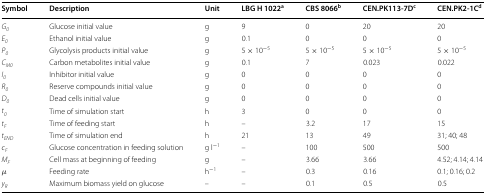
| Symbol | Description | Unit | LBG H 1022a | CBS 8066b | CEN.PK113-7Dc | CEN.PK2-1Cd |
 | --- | --- | --- | --- | --- | --- | --- |
 | G0 | Glucose initial value | g | 9 | 0 | 20 | 20 |
 | E0 | Ethanol initial value | g | 0.1 | 0 | 0 | 0 |
 | P0 | Glycolysis products initial value | g | 5 × 10−5 | 5 × 10−5 | 5 × 10−5 | 5 × 10−5 |
 | CM0 | Carbon metabolites initial value | g | 0.1 | 7 | 0.023 | 0.022 |
 | I0 | Inhibitor initial value | g | 0 | 0 | 0 | 0 |
 | R0 | Reserve compounds initial value | g | 0 | 0 | 0 | 0 |
 | D0 | Dead cells initial value | g | 0 | 0 | 0 | 0 |
 | t0 | Time of simulation start | h | 3 | 0 | 0 | 0 |
 | tF | Time of feeding start | h | – | 3.2 | 17 | 15 |
 | tEND | Time of simulation end | h | 21 | 13 | 49 | 31; 40; 48 |
 | cF | Glucose concentration in feeding solution | g l−1 | – | 100 | 500 | 500 |
 | MF | Cell mass at beginning of feeding | g | – | 3.66 | 3.66 | 4.52; 4.14; 4.14 |
 | μ | Feeding rate | h−1 | – | 0.3 | 0.16 | 0.1; 0.16; 0.2 |
 | yR | Maximum biomass yield on glucose | – | – | 0.1 | 0.5 | 0.5 |